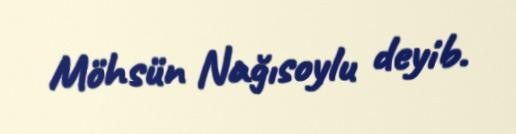
Möhsün Nağısoylu deyib.